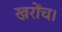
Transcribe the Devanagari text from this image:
खरोंच।